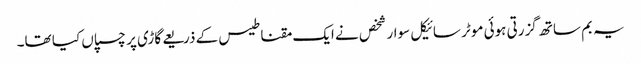
یہ بم ساتھ گزرتی ہوئی موٹر سائیکل سوار شخص نے ایک مقناطیس کے ذریعے گاڑی پر چسپاں کیا تھا۔